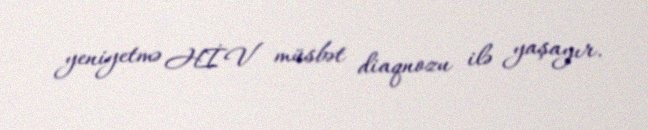
yeniyetmə HİV müsbət diaqnozu ilə yaşayır.